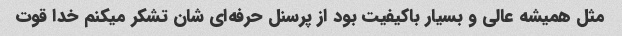
مثل همیشه عالی و بسیار باکیفیت بود از پرسنل حرفه‌ای شان تشکر میکنم خدا قوت